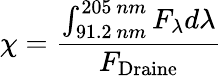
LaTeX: \chi=\frac{\int_{91.2~nm}^{205~nm}F_{\lambda}d\lambda}{F_{\mathrm{{Draine}}}}